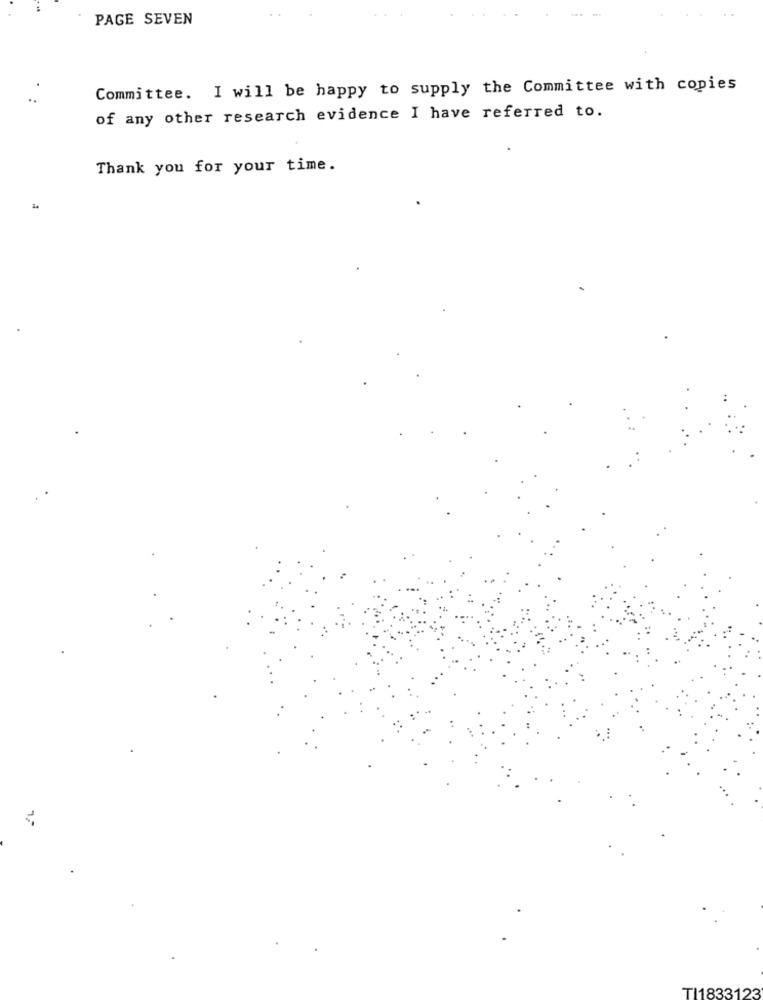
PAGE SEVEN
Committee. I will be happy to supply the Committee with copies
of any other research evidence I have referred to.
Thank you for your time.
TI1833123